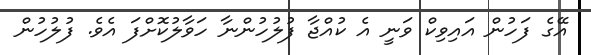
އޭގެ ފަހުން އައިވިކް ވަނީ އެ ކުއްޖާ ފުލުހުންނާ ހަވާލުކޮށްފަ އެވެ. ފުލުހުން